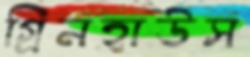
গ্রিনহাউস